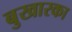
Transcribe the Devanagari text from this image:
बुखारका